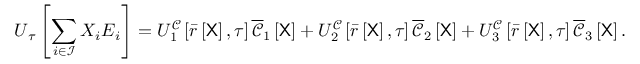
\boldsymbol { U } _ { \u { \tau } } \left[ \sum _ { i \in \mathcal { I } } X _ { i } \boldsymbol { E } _ { i } \right] = U _ { 1 } ^ { \mathcal { C } } \left[ \bar { r } \left[ \mathsf { X } \right] , \tau \right] \overline { { \boldsymbol { \mathscr { C } } } } _ { 1 } \left[ \mathsf { X } \right] + U _ { 2 } ^ { \mathcal { C } } \left[ \bar { r } \left[ \mathsf { X } \right] , \tau \right] \overline { { \boldsymbol { \mathscr { C } } } } _ { 2 } \left[ \mathsf { X } \right] + U _ { 3 } ^ { \mathcal { C } } \left[ \bar { r } \left[ \mathsf { X } \right] , \tau \right] \overline { { \boldsymbol { \mathscr { C } } } } _ { 3 } \left[ \mathsf { X } \right] .